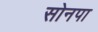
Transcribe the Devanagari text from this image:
सोनपा